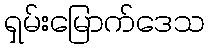
ရှမ်းမြောက်ဒေသ